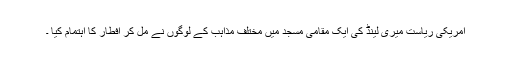
امریکی ریاست میری لینڈ کی ایک مقامی مسجد میں مختلف مذاہب کے لوگوں نے مل کر افطار کا اہتمام کیا ۔